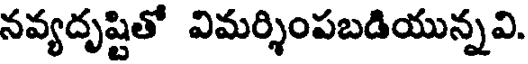
నవ్యదృష్టితో విమర్శింపబడియున్నవి.